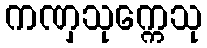
ကဏှသုက္ကေသု